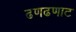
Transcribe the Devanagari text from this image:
ढणढणाट